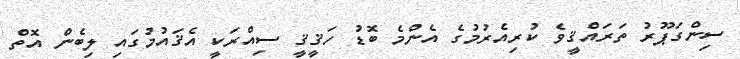
ސިންގަޕޫރު ތަރައްޤީވެ ކުރިއެރުމުގެ އެންމެ ބޮޑު ހަޤީޤީ ސިއްރަކީ އެޤައުމުގައި ލިބެން އޮތް